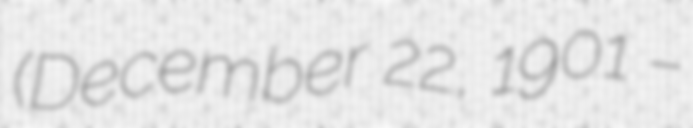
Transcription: (December 22, 1901 –